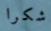
شكرا